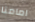
امامنا